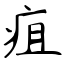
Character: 疽